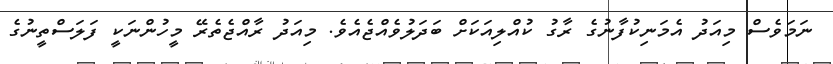
ނަމަވެސް މިއަދު އެމަނިކުފާނުގެ ރާގު ކުއްލިއަކަށް ބަދަލުވެއްޖެއެވެ. މިއަދު ރާއްޖެތެރޭ މީހުންނަކީ ފަލަސްތީނުގެ